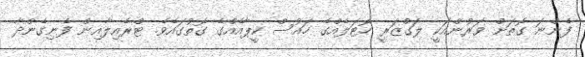
ފެންނަ ގޮތަށް ވަރުންއަކީ ލަގްޒަރީ ހޮޓަލެއްގެ ހައުސް ކީޕާއެއްގެ ގޮތުގައެވެ. ޓްރެއިލާއިން ފެނިގެންދާ